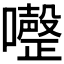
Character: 𭌏